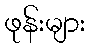
ဖုန်းများ